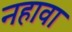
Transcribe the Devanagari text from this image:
नहावा